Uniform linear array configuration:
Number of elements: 16
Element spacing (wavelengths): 1
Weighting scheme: exponential
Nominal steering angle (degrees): -60
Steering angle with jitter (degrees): -60.252
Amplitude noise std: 0.05
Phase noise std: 0.05

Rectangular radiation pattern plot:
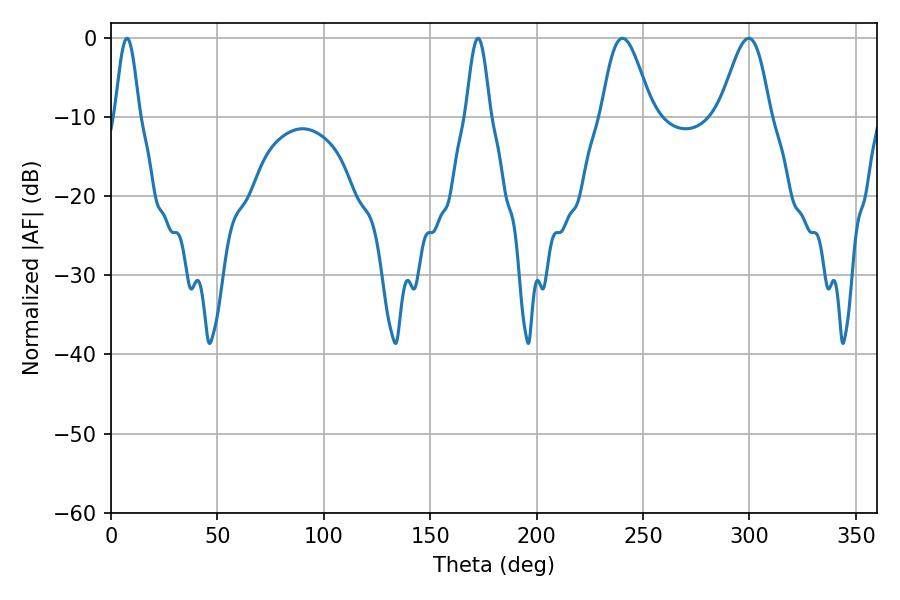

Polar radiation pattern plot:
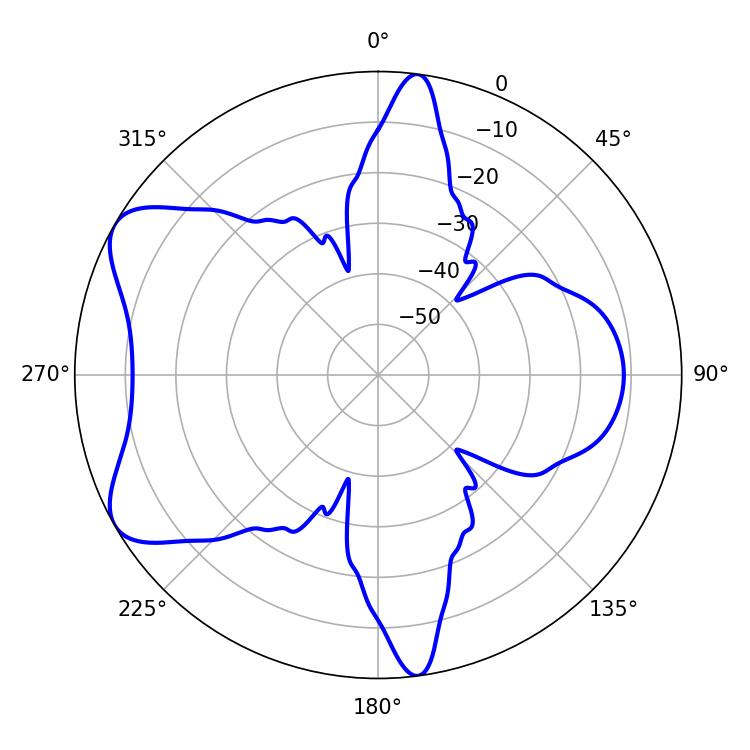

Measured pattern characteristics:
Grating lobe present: TRUE
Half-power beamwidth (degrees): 12.6
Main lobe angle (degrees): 240.3